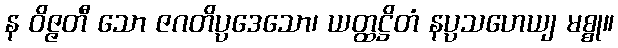
န ဝိဇ္ဇတီ သော ဇဂတိပ္ပဒေသော၊ ယတ္ထဋ္ဌိတံ နပ္ပသဟေယျ မစ္စု။